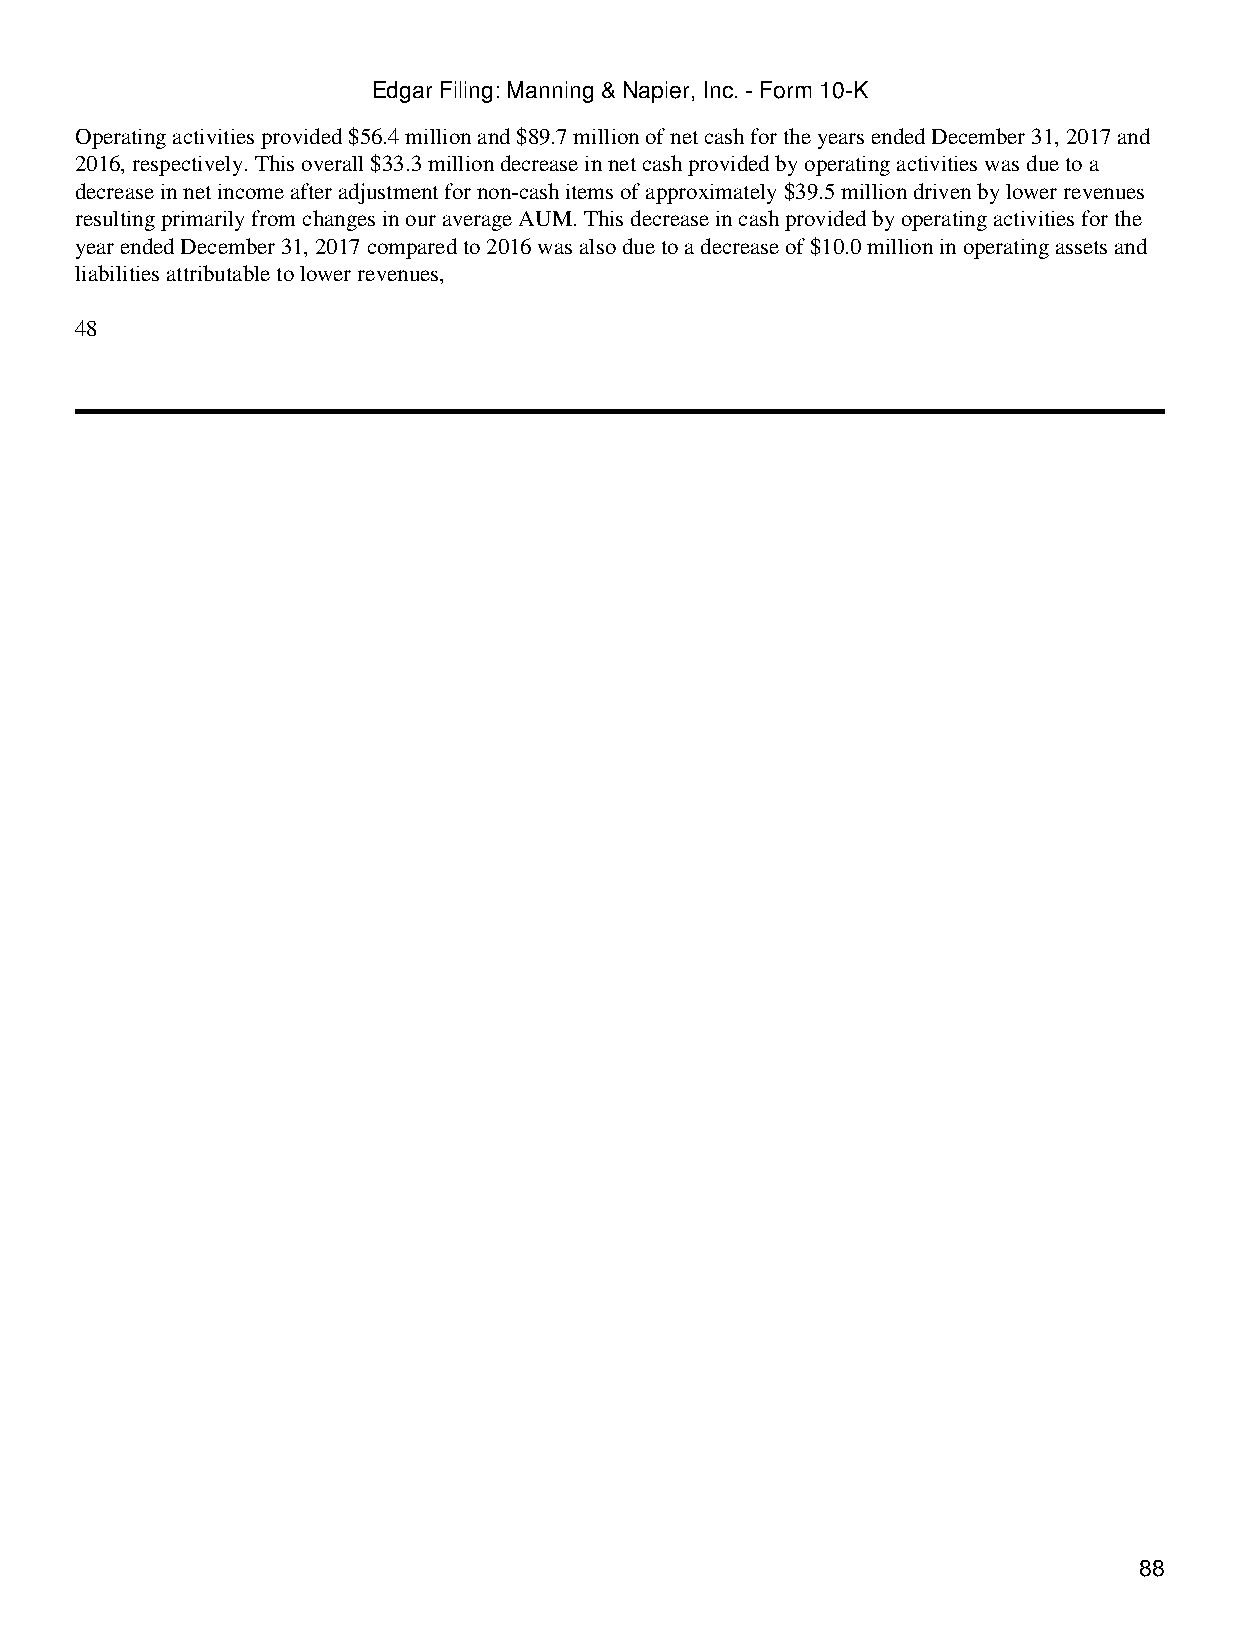
Edgar Filing: Manning & Napier, Inc. - Form 10-K
 Operating activities provided $56.4 million and $89.7 million of net cash for the years ended December 31, 2017 and
 2016, respectively. This overall $33.3 million decrease in net cash provided by operating activities was due to a
 decrease in net income after adjustment for non-cash items of approximately $39.5 million driven by lower revenues
 resulting primarily from changes in our average AUM. This decrease in cash provided by operating activities for the
 year ended December 31, 2017 compared to 2016 was also due to a decrease of $10.0 million in operating assets and
 liabilities attributable to lower revenues,
 48
 88